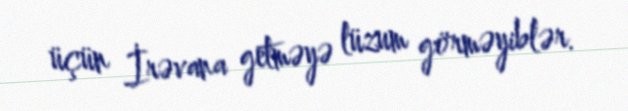
üçün İrəvana getməyə lüzum görməyiblər.